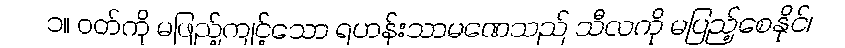
၁။ ဝတ်ကို မဖြည့်ကျင့်သော ရဟန်းသာမဏေသည် သီလကို မပြည့်စေနိုင်၊